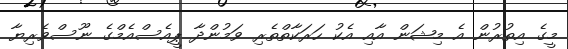
މީގެ އިތުރުން އެ މިޝަން އާއި އެކު ހަރަކާތްތެރި ވަމުންދާ ޕީއެސްއެމްގެ ނޫސްވެރިޔާ